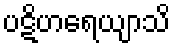
ပဋိဟရေယျာသိ